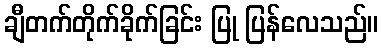
ချီတက်တိုက်ခိုက်ခြင်း ပြု ပြန်လေသည်။